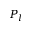
P _ { l }